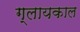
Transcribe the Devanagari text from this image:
ग्लायकाल